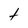
Character: t